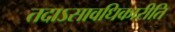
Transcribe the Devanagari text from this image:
तदाऽसावधिकारीति